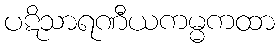
ပဋိသာရဏီယကမ္မကထာ